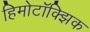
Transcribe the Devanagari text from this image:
हिमोटॉक्झिक